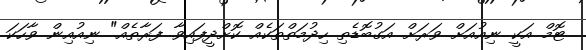
ޓޮމް އަކީ ނިއުއަށް ވަރަށް އަގުބޮޑެތި ހިދުމަތްތަކެއް ކޮށްދީފައިވާ ފަރާތެއް" ނިއުއިން ވާހަކަ